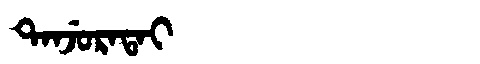
Manchu: ᡨᠠᠨᠵᡠᡵᠠᡨᠠᡳ
Romanization: TANJURATAI